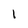
Character: 1